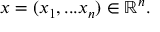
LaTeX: x = ( x _ { 1 } , . . . x _ { n } ) \in \mathbb { R } ^ { n } .